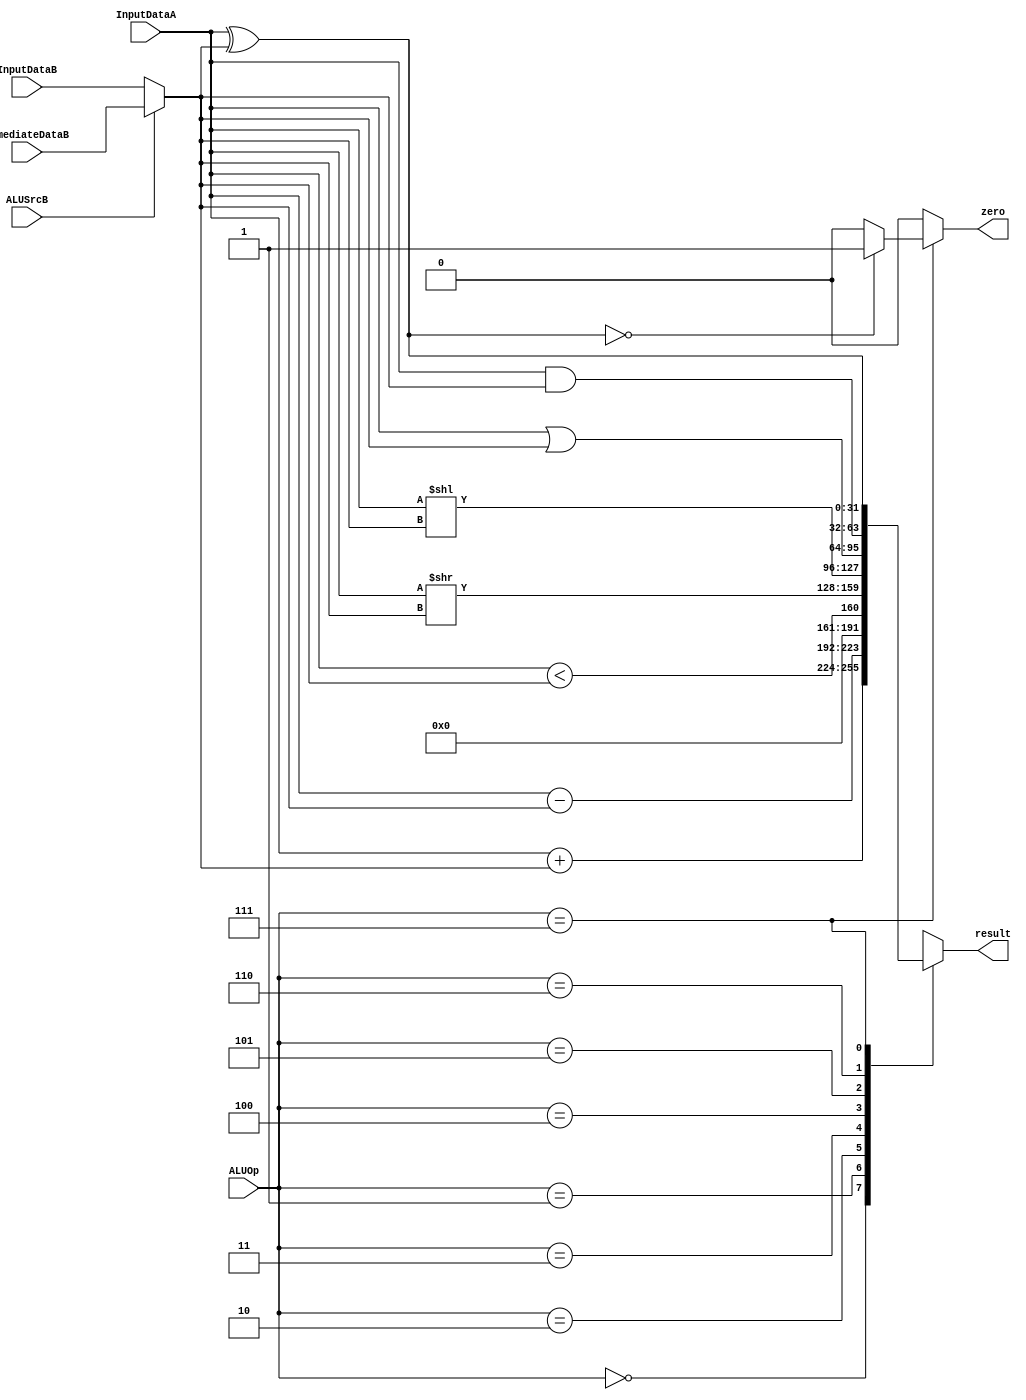
`timescale 1ns / 1ps
//////////////////////////////////////////////////////////////////////////////////
// Company:
// Engineer:
//
// Design Name:
// Module Name:    ALU
// Project Name:
// Target Devices:
// Tool versions:
// Description:
//
// Dependencies:
//
// Revision:
// Revision 0.01 - File Created
// Additional Comments:
//
//////////////////////////////////////////////////////////////////////////////////
module ALU(
    input [31:0] InputDataA,        // A
    input [31:0] InputDataB,        // B
    input [31:0] ImmediateDataB,    // 
    input ALUSrcB,                  // CUB
    input [2:0] ALUOp,              // CU
    output reg zero,                    // CU
    output reg[31:0] result            // 
    );
	 reg[31:0] tempB;
	 reg[31:0] tempResult;

   initial begin
      zero <= 1'bz;
      result <= 32'bz;
   end

    always @(ALUOp)
	     begin
		      zero <= 0;
		      if (ALUSrcB == 1)
				    tempB = ImmediateDataB;
				else
				    tempB = InputDataB;
				case(ALUOp)
				  3'b000: begin
					    tempResult = InputDataA + tempB;
						 end
					3'b001: begin
					    tempResult = InputDataA - tempB;
					    end
				  3'b010: begin
					    tempResult = InputDataA < tempB;
					    end
          3'b011: begin
					    tempResult = InputDataA >> tempB;
					    end
          3'b100: begin
					    tempResult = InputDataA << tempB;
					    end
					3'b101: begin
					    tempResult = InputDataA | tempB;
					    end
          3'b110: begin
					    tempResult = InputDataA & tempB;
					    end
          3'b111: begin
					    tempResult = InputDataA ^ tempB;
						 if (tempResult == 0)
						     zero <= 1 'b1;
					    end
				endcase
				result <= tempResult;
			end

endmodule